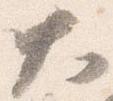
大